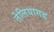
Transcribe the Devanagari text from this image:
तेलियागड